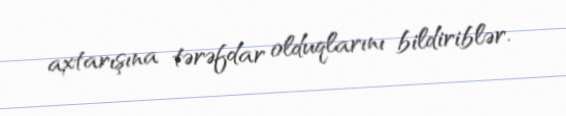
axtarışına tərəfdar olduqlarını bildiriblər.